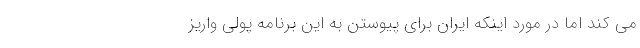
می کند اما در مورد اینکه ایران برای پیوستن به این برنامه پولی واریز